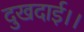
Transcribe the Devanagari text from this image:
दुखदाई।।